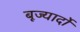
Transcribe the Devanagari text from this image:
बूज्यार्दो